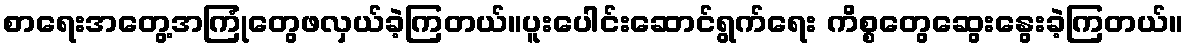
စာရေးအတွေ့အကြုံတွေဖလှယ်ခဲ့ကြတယ်။ပူးပေါင်းဆောင်ရွက်ရေး ကိစ္စတွေဆွေးနွေးခဲ့ကြတယ်။